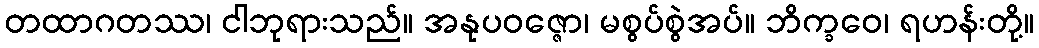
တထာဂတဿ၊ ငါဘုရားသည်။ အနုပဝဇ္ဇော၊ မစွပ်စွဲအပ်။ ဘိက္ခဝေ၊ ရဟန်းတို့။